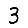
Digit: 3